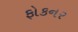
ફોકનર